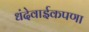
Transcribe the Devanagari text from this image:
धंदेवाईकपणा